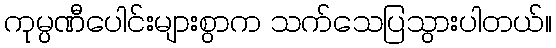
ကုမ္ပဏီပေါင်းများစွာက သက်သေပြသွားပါတယ်။